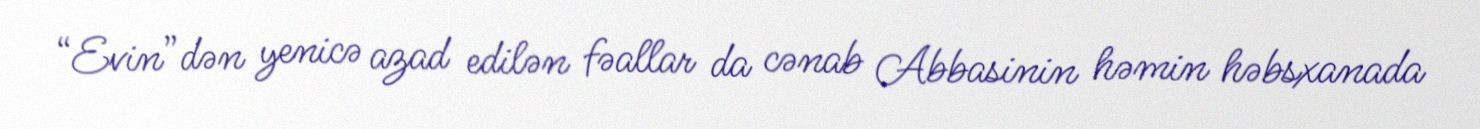
“Evin”dən yenicə azad edilən fəallar da cənab Abbasinin həmin həbsxanada